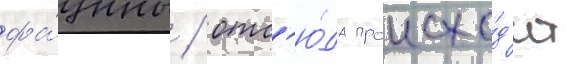
фа́уны / отс'ю́да происхо́д'ит